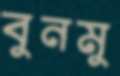
বুনমু